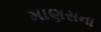
માણસના